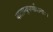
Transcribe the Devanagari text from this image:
वाताम्बुपर्णाशनाः।